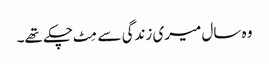
وہ سال میری زندگی سے مِٹ چکے تھے۔